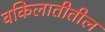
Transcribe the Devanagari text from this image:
वकिलातीतील